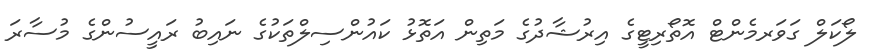
ލޯކަލް ގަވަރމެންޓް އޮތޯރިޓީގެ އިރުޝާދުގެ މަތިން އަތޮޅު ކައުންސިލްތަކުގެ ނައިބު ރައީސުންގެ މުސާރަ